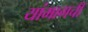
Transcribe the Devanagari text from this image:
यांमागची